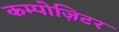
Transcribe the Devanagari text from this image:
कम्पोज़िटर